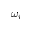
\omega _ { i }